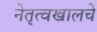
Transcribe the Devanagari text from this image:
नेतृत्वखालचे